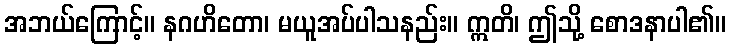
အဘယ်ကြောင့်။ နဂဟိတော၊ မယူအပ်ပါသနည်း။ ဣတိ၊ ဤသို့ စောဒနာပါ၏။